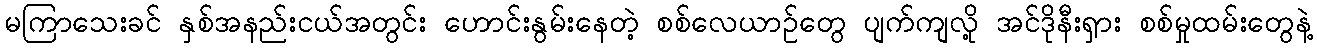
မကြာသေးခင် နှစ်အနည်းငယ်အတွင်း ဟောင်းနွမ်းနေတဲ့ စစ်လေယာဉ်တွေ ပျက်ကျလို့ အင်ဒိုနီးရှား စစ်မှုထမ်းတွေနဲ့